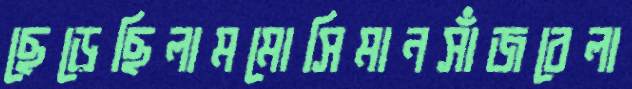
ছেড়েছিলামমোসিমানসাঁজবেলা